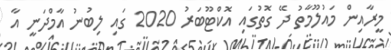
މީރާއިން މައުލޫމާތު ދޭ ގޮތުގައި އޮކްޓޫބަރު 2020 ގައި ލިބުނު އާމްދަނީ އާ